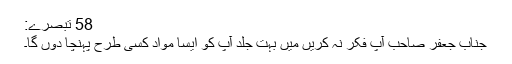
58 تبصرے:
جناب جعفر صاحب آپ فکر نہ کریں میں بہت جلد آپ کو ایسا مواد کسی طرح پہنچا دوں گا۔